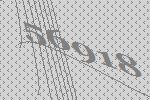
56918